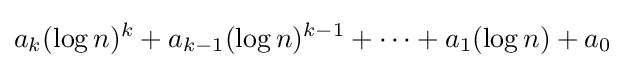
a_{k}(\log n)^{k}+a_{k-1}(\log n)^{k-1}+\cdots +a_{1}(\log n)+a_{0}